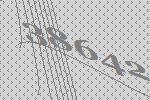
38642